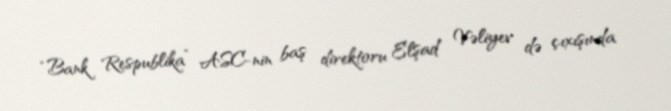
“Bank Respublika” ASC-nin baş direktoru Elşad Vəliyev də çıxışında